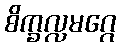
စိက္ခလ္လမဂ္ဂေ